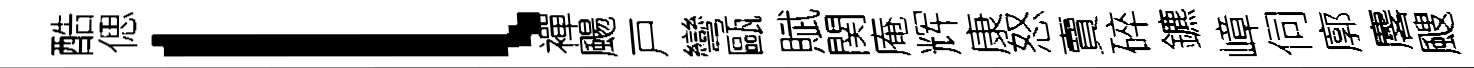
酷偲l襌颺戸彎甌賦関庵辉康怒賣碎鑣嶂伺廓麐颼